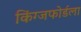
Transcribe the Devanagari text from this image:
किंग्जफोर्डला